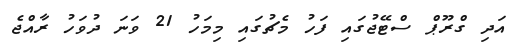
އަދި ގްރޫޕް ސްޓޭޖުގައި ފަހު މެޗުގައި މިމަހު 21 ވަނަ ދުވަހު ރާއްޖެ